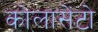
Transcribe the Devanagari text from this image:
कोलासेंटो